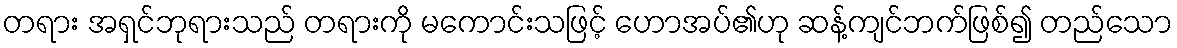
တရား အရှင်ဘုရားသည် တရားကို မကောင်းသဖြင့် ဟောအပ်၏ဟု ဆန့်ကျင်ဘက်ဖြစ်၍ တည်သော